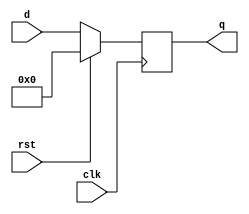

`timescale 1ns/1ns

module flopr_param(clk, rst, d, q);
    parameter n = 32;
    input clk, rst;
    input [n-1:0] d;
    output reg [n-1:0] q;

    always @(posedge clk) begin
        if (rst) begin
            //Reset logic goes here.
            q<= 0;
        end
        else begin
            //Sequential logic goes here.
            q <= d;
        end
    end
endmodule